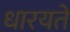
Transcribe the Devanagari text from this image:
धारयते